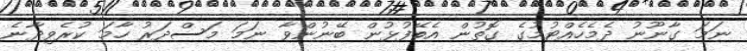
ނަމަ ގާނޫނު ދެމެހެއްޓުމުގެ ގޮތުން އެބޭފުޅުން ބޭނުންވާ ނަމަ މަސްދަރު ހާމަ ކުރެވިދާނެ